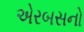
એરબસનો